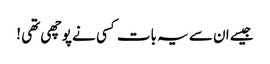
جیسے ان سے یہ بات کسی نے پوچھی تھی !